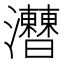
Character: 𤅍